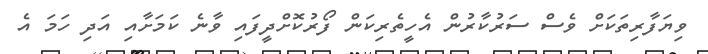
ވިޔަފާރިތަކަށް ވެސް ސަރުކާރުން އެހީތެރިކަން ފޯރުކޮށްދީފައި ވާނެ ކަމަށާއި އަދި ހަމަ އެ